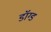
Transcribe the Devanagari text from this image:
डॉग्ड